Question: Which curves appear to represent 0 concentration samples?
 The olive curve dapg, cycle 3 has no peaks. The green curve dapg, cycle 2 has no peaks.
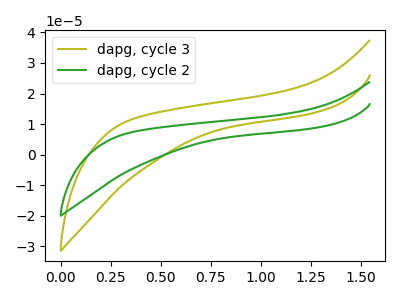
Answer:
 <answer>"dapg, cycle 3" and "dapg, cycle 2" are likely to be blanks.</answer>
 <eval>"dapg, cycle 3", "dapg, cycle 2"</eval>